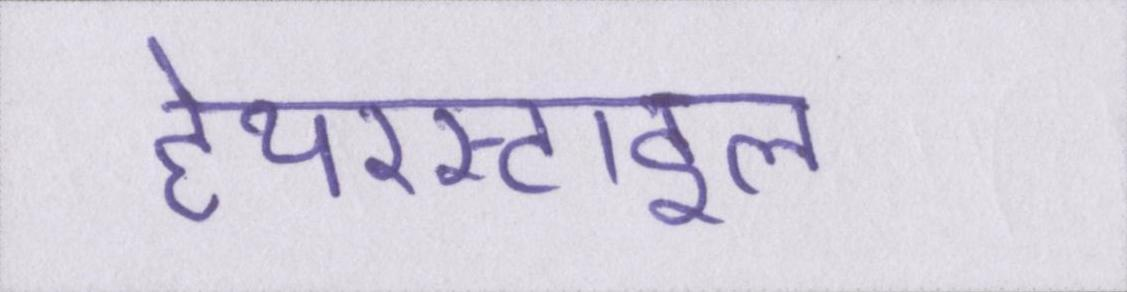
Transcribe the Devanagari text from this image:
हेयरस्टाइल